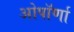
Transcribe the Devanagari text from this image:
ओपॉर्णा